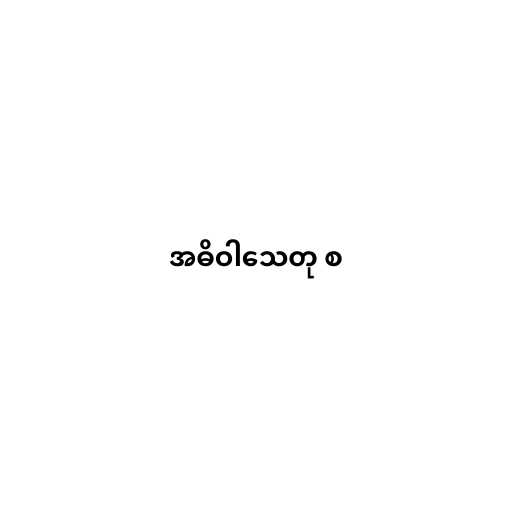
အဓိဝါသေတု စ